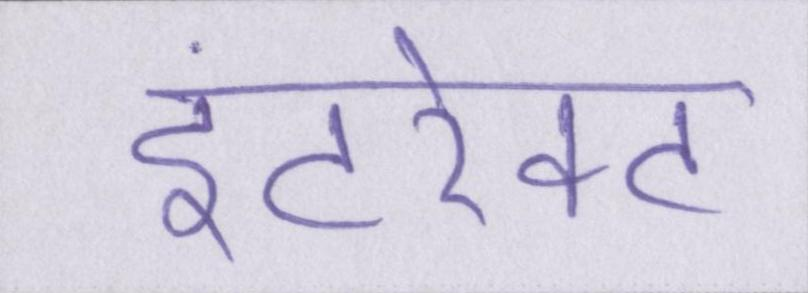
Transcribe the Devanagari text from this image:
इंटरेक्ट